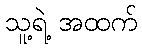
သူ့ရဲ့ အထက်